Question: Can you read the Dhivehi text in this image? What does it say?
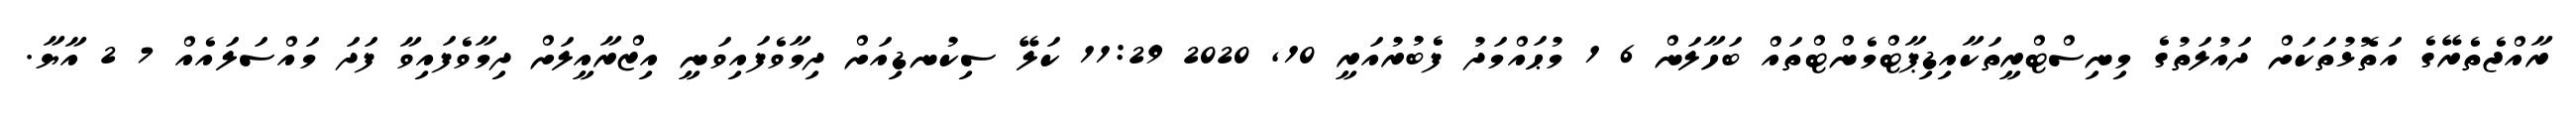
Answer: ރާއްޖެތެރޭގެ އަތޮޅުތަކަށް ދައުލަތުގެ މިނިސްޓްރީތަކާއިޑިޕާޓްމެންޓްތައް ބަހާލަން 6 1 މުޙައްމަދު ފެބުރުއަރީ 10, 2020 11:29 ކަލޭ ސިކުނޑިއަށް ދިމާވެފައިވަނީ އިޒްރާއީލަށް ދިމާވެފައިވާ ފަދަ މައްސަލައެއް 7 2 އާޔާ.